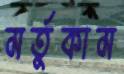
মর্তুকাম